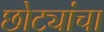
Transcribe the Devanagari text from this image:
छोट्यांचा